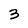
Character: 3